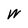
Character: W